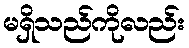
မရှိသည်ကိုလည်း